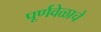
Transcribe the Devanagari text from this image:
पूर्णवेळाचे